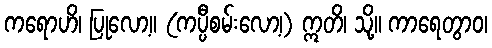
ကရောဟိ၊ ပြုလော့။ (ကပ္ပီစမ်းလော့၊) ဣတိ၊ သို့။ ကာရေတွာဝ၊